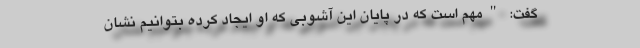
گفت: "مهم است که در پایان این آشوبی که او ایجاد کرده بتوانیم نشان